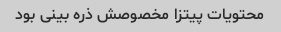
محتویات پیتزا مخصوصش ذره بینی بود